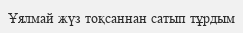
Ұялмай жүз тоқсаннан сатып тұрдым